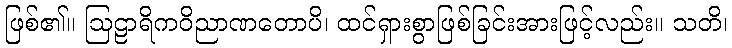
ဖြစ်၏။ ဩဠာရိကဝိညာဏတောပိ၊ ထင်ရှားစွာဖြစ်ခြင်းအားဖြင့်လည်း။ သတိ၊